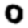
Digit: 0